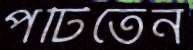
পটিতেন